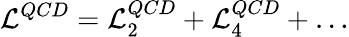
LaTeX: {\cal L}^{QCD}={\cal L}_{2}^{QCD}+{\cal L}_{4}^{QCD}+\ldots